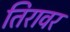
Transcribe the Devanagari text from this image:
तिरावर